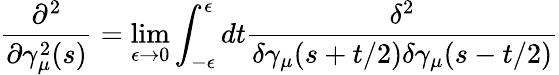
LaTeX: \frac{\partial^{2}}{\partial\gamma_{\mu}^{2}(s)}=\operatorname*{lim}_{\epsilon\rightarrow 0}\int_{-\epsilon}^{\epsilon}dt\frac{\delta^{2}}{\delta\gamma_{\mu}(s+t/2)\delta\gamma_{\mu}(s-t/2)}